Reports on military cantonments and civil stations in the Presidency of Bombay inspected by the Sanitary Commissioner in the years 1875 and 1876
Year: 1875
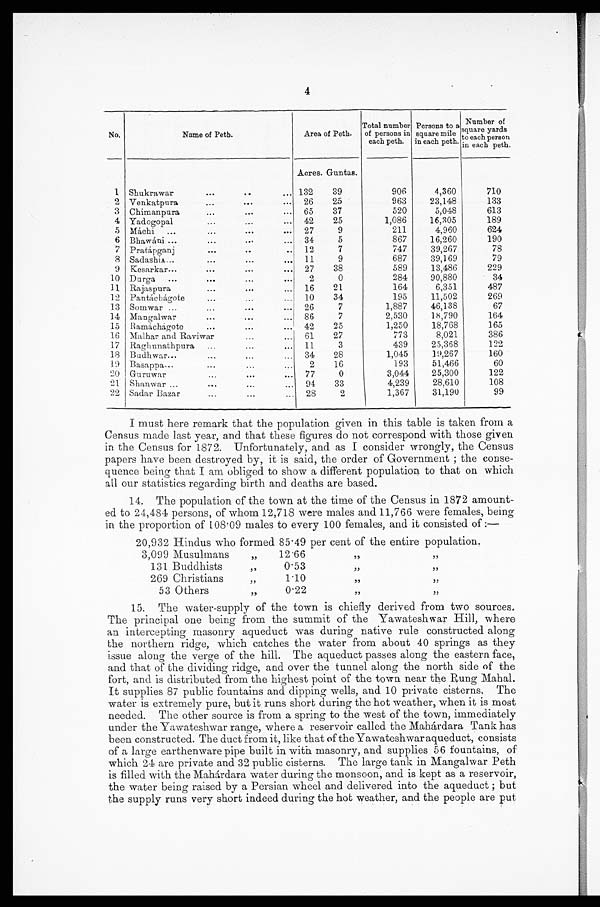
4
No.
Name of Peth.
Area of Peth.
Total number
of persons in
each peth.
Persons to a
square mile
in each peth.
Number of
yards
to each person
in each peth.
Acres. Guntas.
1 Shukrawar . . . 132
39
906
4,360
710
2 Venkatpura . . .
26
25
963
23,148
133
3 Chimanpura . . .
65
37
520
5,048
613
4 Yadogopal . . .
42
25
1,086
16,305
189
5 Máchi . . .
27
9
211
4,960
624
6 Bhawáni . . .
34
5
867
16,260
190
7 Pratápganj . . .
12
7
747
39,267
78
8
11
9
687
39,169
79
SadashiA . . .
9
27
38
589
13,486
229
Kesarkar . . .
10 Durga . . .
2
0
284
90,880
34
11 Rajaspura . . .
16
21
164
6,351
487
12 Pantáchágote . . .
10
34
195
11,502
269
13 Somwar . . .
26
7
1,887
46,138
67
14
86
7
2,530
18,790
164
Mangalwar . . .
15
42
25
1,250
18,768
165
Ramáchagote . . .
16
61
27
773
8,021
386
Malhar and Raviwar . . .
17
11
3
439
25,368
122
Raghunathpura . . .
18 Budhwar . . .
34
28
1,045
19,267
160
19
2
16
193
51,466
60
Basappa . . .
20
77
0
3,044
25,300
122
Guruwar . . .
2 1
94
33
4,239
28,610
108
Shanwar . . .
22 Sadar Bazar . . .
28
2
1,367
31,190
99
I must here remark that the population given in this table is taken from a
Census made last year, and that these figures do not correspond with those given
in the Census for 1872. Unfortunately, and as I consider wrongly, the Census
papers have been destroyed by, it is said, the order of Government; the conse
-quence being that I am obliged to show a different population to that on which
all our statistics regarding birth and deaths are based.
14. The population of the town at the time of the Census in 1872 amount-
ed to 24,484 persons, of whom 12,718 were males and 11,766 were females, being
in the proportion of 108.09 males to every 100 females, and it consisted of:—
20,932 Hindus who formed 85.49 per cent of the entire population.
3,099 Musulmans " 12.66
" "
1 3 1 Buddhists " 0.53
" "
269 Christians " 1.10
" "
53 Others " 0.22
" "
15. The water-supply of the town is chiefly derived from two sources.
The principal one being from the summit of the Yawateshwar Hill, where
an intercepting masonry aqueduct was during native rule constructed along
the northern ridge, which catches the water from about 40 springs as they
issue along the verge of the hill. The aqueduct passes along the eastern face,
and that of the dividing ridge, and over the tunnel along the north side of the
fort, and is distributed from the highest point of the town near the Rung Mahal.
It supplies 87 public fountains and dipping wells, and 10 private cisterns. The
water is extremely pure, but it runs short during the hot weather, when it is most
needed. The other source is from a spring to the west of the town, immediately
under the Yawateshwar range, where a reservoir called the Mahárdara Tank has
been constructed. The duct from it, like that of the Yawateshwar aqueduct, consists
of a large earthenware pipe built in with masonry, and supplies 56 fountains, of
which 24 are private and 32 public cisterns. The large tank in Mangalwar Peth
is filled with the Mahárdara water during the monsoon, and is kept as a reservoir,
the water being raised by a Persian wheel and delivered into the aqueduct; but
the supply runs very short indeed during the hot weather, and the people are put